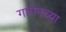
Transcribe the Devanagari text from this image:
गारोनच्या